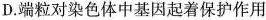
D.端粒对染色体中基因起着保护作用